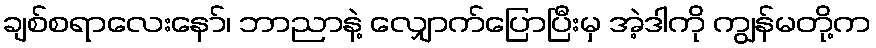
ချစ်စရာလေးနော်၊ ဘာညာနဲ့ လျှောက်ပြောပြီးမှ အဲ့ဒါကို ကျွန်မတို့က